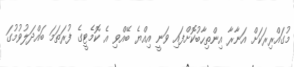
މުގައްރިރަކަށް އަނާރާ އިންތިހާބުކޮށްފައި ވަނީ އިއްޔެ ބޭއްވި އެ ކޮމެޓީގެ ފުރަތަމަ ބައްދަލުވުމުގަ